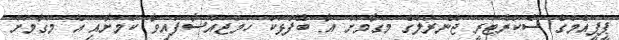
ޕީޕީއެމްގެ ސެކްރެޓަރީ ޖެނެރަލްގެ މަގާމަށް އާ ބޭފުޅަކު ހަމަޖައްސާފައިވާ ކަމަށާއި އެ މަގާމަށް